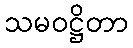
သမဝဋ္ဌိတာ